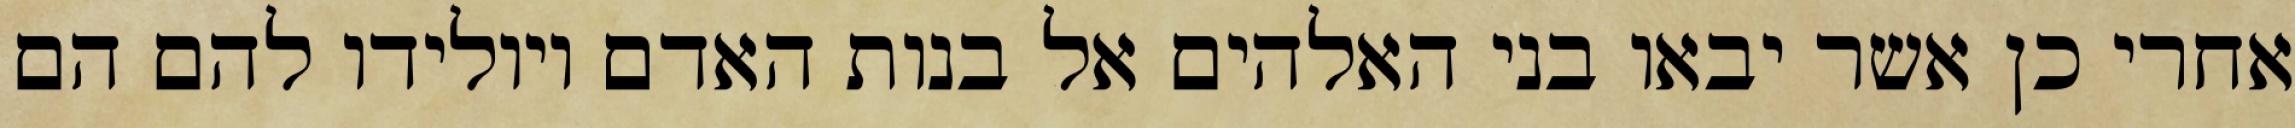
אחרי כן אשר יבאו בני האלהים אל בנות האדם ויולידו להם הם